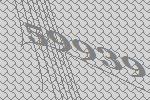
59939